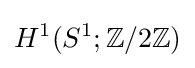
H^{1}(S^{1};\mathbb {Z} /2\mathbb {Z} )